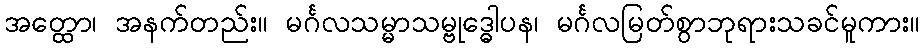
အတ္ထော၊ အနက်တည်း။ မင်္ဂလသမ္မာသမ္ဗုဒ္ဓေါပန၊ မင်္ဂလမြတ်စွာဘုရားသခင်မူကား။